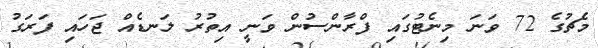
މެޗުގެ 72 ވަނަ މިނެޓުގައި ފްރާންސުން ވަނީ އިތުރު ލަނޑެއް ޖަހައި ފަރަގު